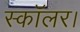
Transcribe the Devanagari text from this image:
स्कॉलर।